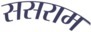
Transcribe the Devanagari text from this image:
ससराम